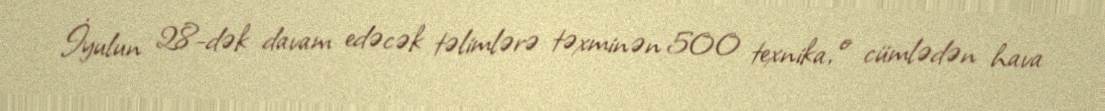
İyulun 28-dək davam edəcək təlimlərə təxminən 500 texnika, o cümlədən hava